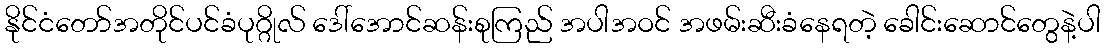
နိုင်ငံတော်အတိုင်ပင်ခံပုဂ္ဂိုလ် ဒေါ်အောင်ဆန်းစုကြည် အပါအဝင် အဖမ်းဆီးခံနေရတဲ့ ခေါင်းဆောင်တွေနဲ့ပါ